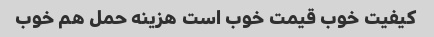
کیفیت خوب قیمت خوب است هزینه حمل هم خوب